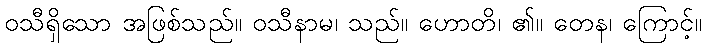
ဝသီရှိသော အဖြစ်သည်။ ဝသီနာမ၊ သည်။ ဟောတိ၊ ၏။ တေန၊ ကြောင့်။